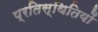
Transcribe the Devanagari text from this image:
प्रतिस्थितियों